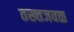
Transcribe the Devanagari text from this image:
तख्तजवळ